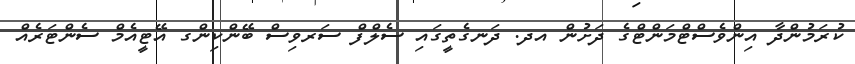
ކުރަމުންދާ އިންވެސްޓްމަންޓްގެ ދަށުން އދ. ދަނގެތީގައި ސެލްފް ސަރވިސް ބޭންކިންގ އޭޓީއެމް ސެންޓަރެއް